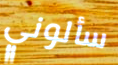
سألوني